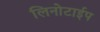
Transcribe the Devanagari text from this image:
लिनोटाईप